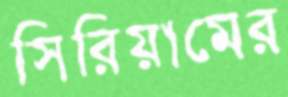
সিরিয়ামের